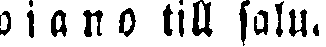
piano till salu.